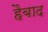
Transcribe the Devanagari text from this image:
हैबाद